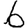
Digit: 6